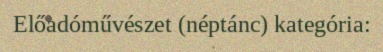
Előadóművészet (néptánc) kategória: